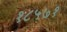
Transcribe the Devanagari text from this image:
१८५७१